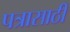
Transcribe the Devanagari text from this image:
पत्रासाठी